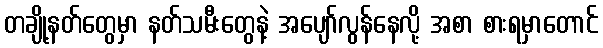
တချို့နတ်တွေမှာ နတ်သမီးတွေနဲ့ အပျော်လွန်နေလို့ အစာ စားရမှာတောင်